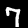
Digit: 7